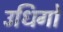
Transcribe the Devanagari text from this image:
उधिगो